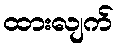
ထားလျက်